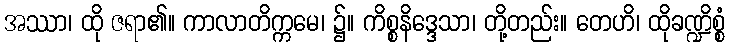
အဿာ၊ ထို ဇရာ၏။ ကာလာတိက္ကမေ၊ ၌။ ကိစ္စနိဒ္ဒေသာ၊ တို့တည်း။ တေဟိ၊ ထိုခဏ္ဍိစ္စံ